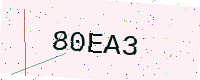
Text: 80EA3